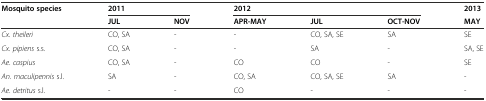
<table><thead><tr><td rowspan="2"><b>Mosquito species</b></td><td colspan="2"><b>2011</b></td><td colspan="3"><b>2012</b></td><td><b>2013</b></td></tr><tr><td><b>JUL</b></td><td><b>NOV</b></td><td><b>APR-MAY</b></td><td><b>JUL</b></td><td><b>OCT-NOV</b></td><td><b>MAY</b></td></tr></thead><tbody><tr><td><i>Cx. theileri</i></td><td>CO, SA</td><td>-</td><td>-</td><td>CO, SA, SE</td><td>SA</td><td>SE</td></tr><tr><td><i>Cx. pipiens</i> s.s.</td><td>CO, SA</td><td>-</td><td>-</td><td>SA</td><td>-</td><td>SA, SE</td></tr><tr><td><i>Ae. caspius</i></td><td>CO, SA</td><td>-</td><td>CO</td><td>CO</td><td>-</td><td>SE</td></tr><tr><td><i>An. maculipennis</i> s.l.</td><td>SA</td><td>-</td><td>CO, SA</td><td>CO, SA, SE</td><td>SA</td><td>-</td></tr><tr><td><i>Ae. detritus</i> s.l.</td><td>-</td><td>-</td><td>CO</td><td>-</td><td>-</td><td>-</td></tr></tbody></table>